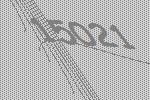
15021